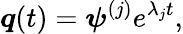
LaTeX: \boldsymbol{q}(t)=\boldsymbol{\psi}^{(j)}e^{\lambda_{j}t},